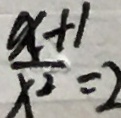
\frac { x + 1 } { x ^ { 2 } } = 2